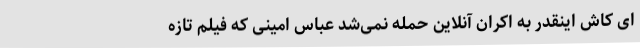
ای کاش اینقدر به اکران آنلاین حمله نمی‌شد عباس امینی که فیلم تازه